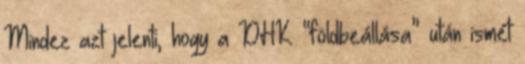
Mindez azt jelenti, hogy a DHK “földbeállása” után ismét